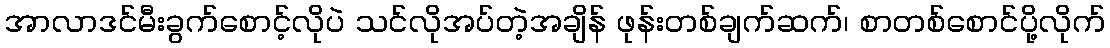
အာလာဒင်မီးခွက်စောင့်လိုပဲ သင်လိုအပ်တဲ့အချိန် ဖုန်းတစ်ချက်ဆက်၊ စာတစ်စောင်ပို့လိုက်